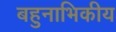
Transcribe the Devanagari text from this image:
बहुनाभिकीय